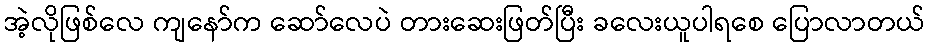
အဲ့လိုဖြစ်လေ ကျနော်က ဆော်လေပဲ တားဆေးဖြတ်ပြီး ခလေးယူပါရစေ ပြောလာတယ်